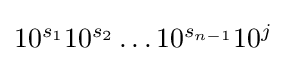
{\textstyle 10^{s_{1}}10^{s_{2}}\ldots 10^{s_{n-1}}10^{j}}